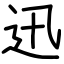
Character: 迅